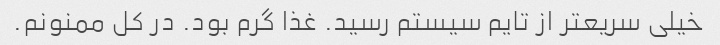
خیلی سریعتر از تایم سیستم رسید. غذا گرم بود. در کل ممنونم.